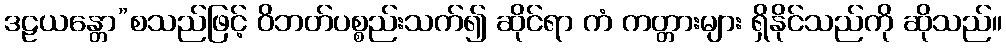
ဒဠယန္တော”စသည်ဖြင့် ဝိဘတ်ပစ္စည်းသက်၍ ဆိုင်ရာ ကံ ကတ္တားများ ရှိနိုင်သည်ကို ဆိုသည်။